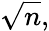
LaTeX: {\sqrt{n}},